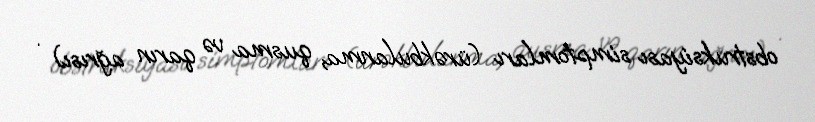
obstruksiyası simptomları (ürəkbulanma, qusma və qarın ağrısı) .